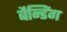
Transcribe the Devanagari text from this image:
बैन्डिंग